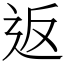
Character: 返